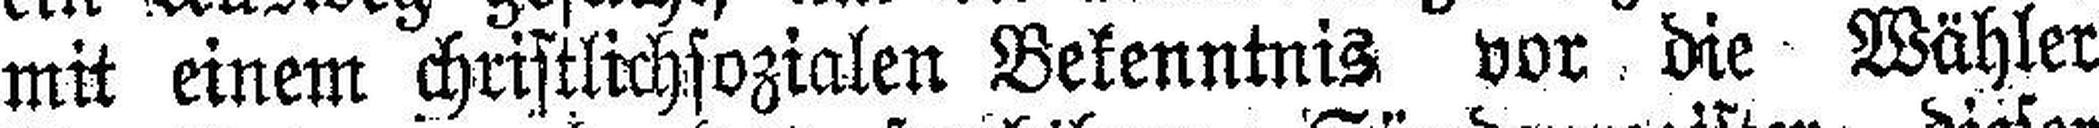
mit einem christlichsozialen Bekenntnis vor die Wähler